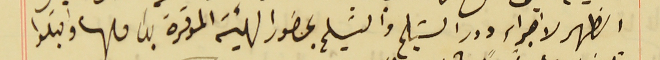
الظهر لاجراء دور التسيلم والتسَليم بحضور الهيئة الموقرة بكاملها واقبلوا